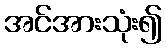
အင်အားသုံး၍